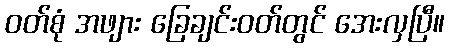
ဝတ်စုံ အဖျား ခြေချင်းဝတ်တွင် အေးလှပြီ။